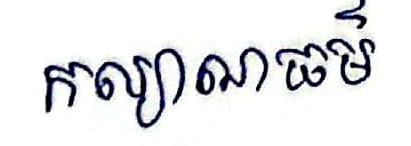
កល្យាណធម៍